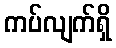
ကပ်လျက်ရှိ